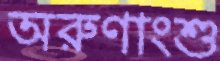
অরুণাংশু